Document type: Confirmation
Year: 1374
Scribe: Ramon Camat
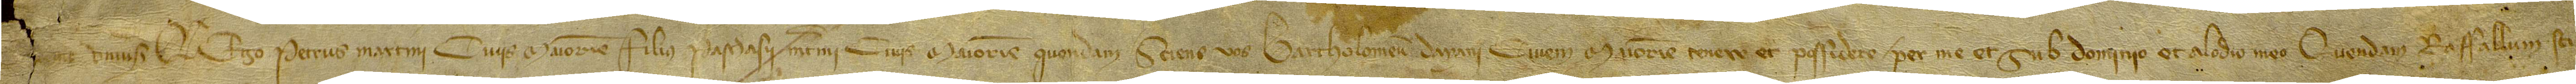
[Noverint]  universi quod ego Petrus Martini, civis Maioricis, filius Paschasii Martini, civis Maioricis, quondam, sciens vos Bartholomeum Darani, civem Maioricis, tenere et possidere per met et sub dominio et alodio meo, quendam raffallum sci-